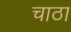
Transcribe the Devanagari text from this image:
चाठा